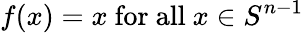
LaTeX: f(x)=x{\mathrm{~for~all~}}x\in S^{n-1}